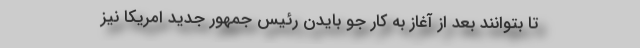
تا بتوانند بعد از آغاز به کار جو بایدن رئیس جمهور جدید امریکا نیز